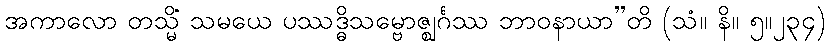
အကာလော တသ္မိံ သမယေ ပဿဒ္ဓိသမ္ဗောဇ္ဈင်္ဂဿ ဘာဝနာယာ”တိ (သံ။ နိ။ ၅။၂၃၄)